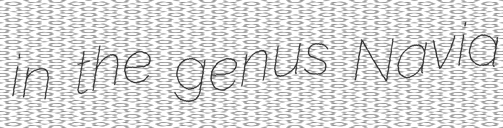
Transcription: in the genus Navia